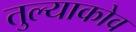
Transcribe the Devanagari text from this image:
तुल्याकोव